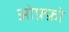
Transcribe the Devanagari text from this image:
ओफ़्फ़ो